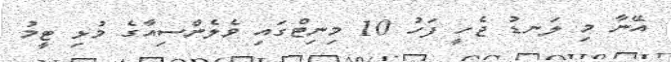
އޭނާ މި ލަނޑު ޖެހީ ފަހު 10 މިނިޓްގައި ވެލެންސިއާގެ މުޅި ޓީމު